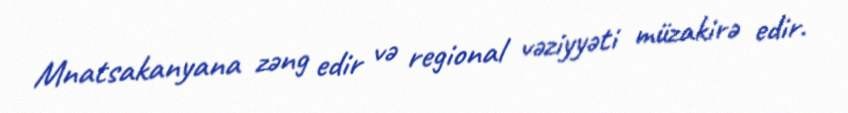
Mnatsakanyana zəng edir və regional vəziyyəti müzakirə edir.